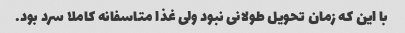
با این که زمان تحویل طولانی نبود ولی غذا متاسفانه کاملا سرد بود.